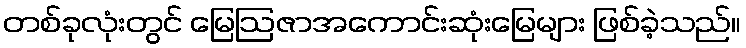
တစ်ခုလုံးတွင် မြေဩဇာအကောင်းဆုံးမြေများ ဖြစ်ခဲ့သည်။